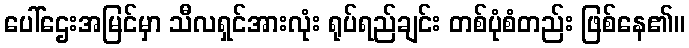
ပေါ်ဌေးအမြင်မှာ သီလရှင်အားလုံး ရုပ်ရည်ချင်း တစ်ပုံစံတည်း ဖြစ်နေ၏။